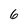
Character: 6